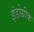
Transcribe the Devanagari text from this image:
इंडोग्रीक